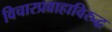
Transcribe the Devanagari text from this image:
विचारप्रवाहाविरुद्ध